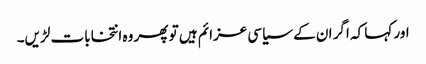
اور کہا کہ اگر ان کے سیاسی عزائم ہیں تو پھر وہ انتخابات لڑیں۔